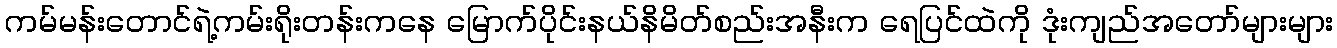
ကမ်မန်းတောင်ရဲ့ကမ်းရိုးတန်းကနေ မြောက်ပိုင်းနယ်နိမိတ်စည်းအနီးက ရေပြင်ထဲကို ဒုံးကျည်အတော်များများ